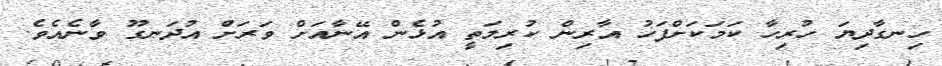
ހިނގާދިޔަ ހުރިހާ ކަމަކަށްފަހު އާރިން ކުރިމަތީ އުޅެން އޭނާއަށް ވަރަށް އުދަނގޫ ވާނެއެވެ.